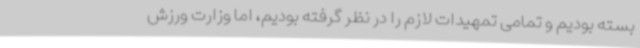
بسته بودیم و تمامی تمهیدات لازم را در نظر گرفته بودیم، اما وزارت ورزش